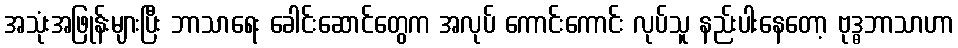
အသုံးအဖြုန်းများပြီး ဘာသာရေး ခေါင်းဆောင်တွေက အလုပ် ကောင်းကောင်း လုပ်သူ နည်းပါးနေတော့ ဗုဒ္ဓဘာသာဟာ